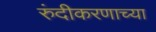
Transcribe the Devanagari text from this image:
रुंदीकरणाच्या